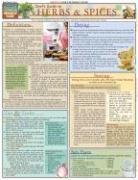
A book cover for Chef'S Guide To Herbs & Spices (Quickstudy: Home); Inc. BarCharts; Cookbooks, Food & Wine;